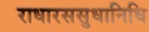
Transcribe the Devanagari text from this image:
राधारससुधानिधि